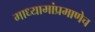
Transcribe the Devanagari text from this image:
माध्यामांप्रमाणेच